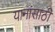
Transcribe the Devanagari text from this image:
यानांसाठी